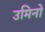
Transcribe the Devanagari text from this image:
उमिनो